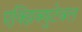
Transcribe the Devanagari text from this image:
एक्झिक्युटेबल